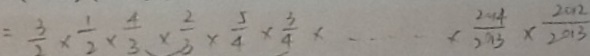
= \frac { 3 } { 2 } \times \frac { 1 } { 2 } \times \frac { 4 } { 3 } \times \frac { 2 } { 3 } \times \frac { 5 } { 4 } \times \frac { 3 } { 4 } \times \cdots \times \frac { 2 0 1 4 } { 2 0 1 3 } \times \frac { 2 0 1 2 } { 2 0 1 3 }